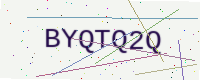
Text: BYQTQ2Q